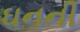
ઘનની